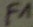
Text: F1